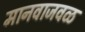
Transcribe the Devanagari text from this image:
मानवाजवळ